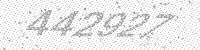
Solution: 442927